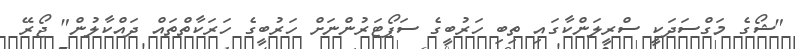
"ޝޯގެ މަގްސަދަކީ ސްރީލަންކާގައި ތިބި ހަރުބީގެ ސަޕޯޓަރުންނަށް ހަރުބީގެ ހަރަކާތްތައް ދައްކާލުން" ޖޯރޭ